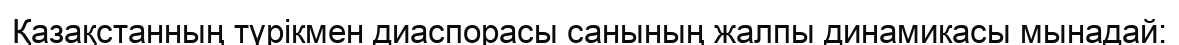
Қазақстанның түрікмен диаспорасы санының жалпы динамикасы мынадай: